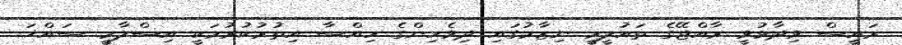
ރައީސް ވިދާޅުވީ ރާއްޖޭގެ ތައުލީމީ ނިޒާމުގައި ދިވެހިންގެ ހިއްސާ އިތުރުކުރުމަކީ އިސްލާމީ ސައްޚަ